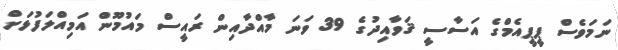
ނަމަވެސް ޕީޕީއެމްގެ އަސާސީ ޤަވާއިދުގެ 39 ވަނަ މާއްދާއިން ރައީސް މައުމޫން އަމިއްލަފުޅަށް